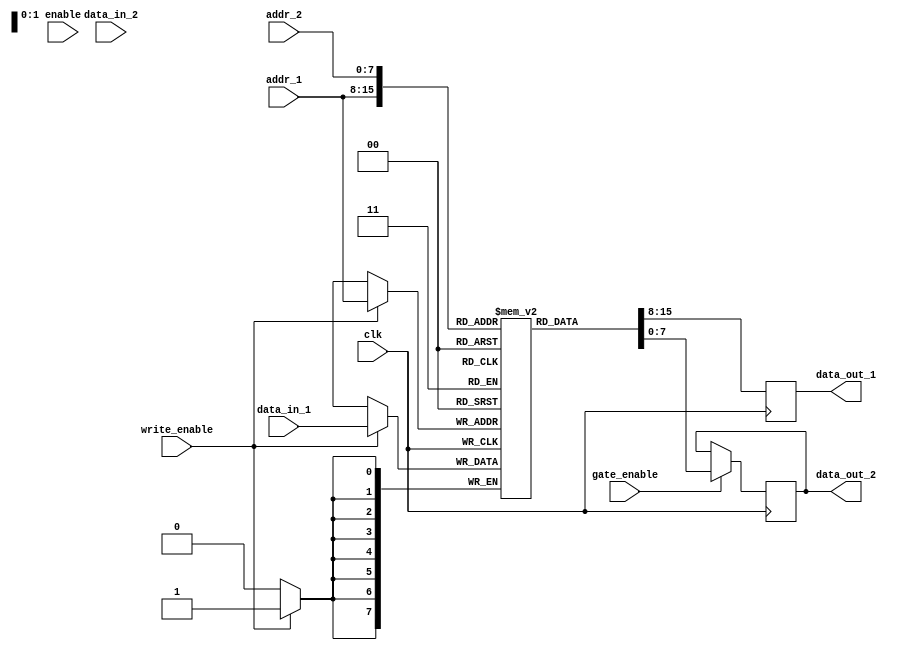
module dual_port_ram (
    input wire clk,
    input wire [7:0] data_in_1,
    input wire [7:0] data_in_2,
    input wire [7:0] addr_1,
    input wire [7:0] addr_2,
    output reg [7:0] data_out_1,
    output reg [7:0] data_out_2,
    input wire enable,
    input wire write_enable,
    input wire gate_enable
);

reg [7:0] mem [0:255];

always @(posedge clk) begin
    if (write_enable) begin
        mem[addr_1] <= data_in_1;
    end
    data_out_1 <= mem[addr_1];
end

always @(posedge clk) begin
    if (gate_enable) begin
        data_out_2 <= mem[addr_2];
    end
end

endmodule